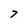
Character: 7